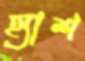
হ্যাশ